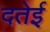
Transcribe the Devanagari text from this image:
दतेई